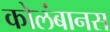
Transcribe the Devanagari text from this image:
कोलंबानस